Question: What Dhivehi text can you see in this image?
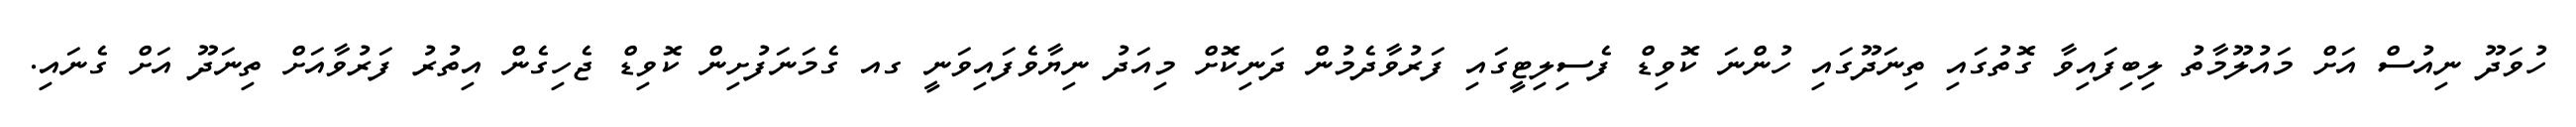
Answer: ހުވަދޫ ނިއުސް އަށް މައުލޫމާތު ލިބިފައިވާ ގޮތުގައި ތިނަދޫގައި ހުންނަ ކޮވިޑް ފެސިލިޓީގައި ފަރުވާދެމުން ދަނިކޮށް މިއަދު ނިޔާވެފައިވަނީ ގއ ގެމަނަފުށިން ކޮވިޑް ޖެހިގެން އިތުރު ފަރުވާއަށް ތިނަދޫ އަށް ގެނައި.